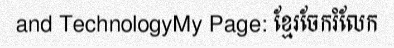
and TechnologyMy Page: ខ្មែរចែករំលែក